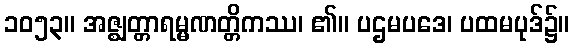
၁၀၅၃။ အဇ္ဈတ္တာရမ္မဏတ္တိကဿ၊ ၏။ ပဌမပဒေ၊ ပထမပုဒ်၌။